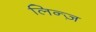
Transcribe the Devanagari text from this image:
लिन्ज़